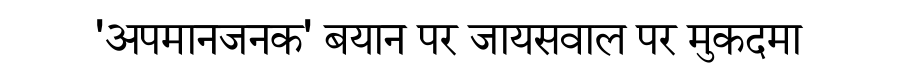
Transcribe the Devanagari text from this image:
'अपमानजनक' बयान पर जायसवाल पर मुकदमा